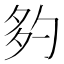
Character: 𡖑